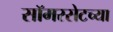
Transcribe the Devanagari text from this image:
सॉमरसेटच्या